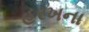
હરખના